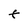
Character: t